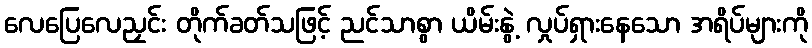
လေပြေလေညှင်း တိုက်ခတ်သဖြင့် ညင်သာစွာ ယိမ်းနွဲ့ လှုပ်ရှားနေသော အရိပ်များကို